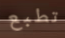
تطبع